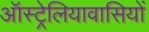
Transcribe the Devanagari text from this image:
ऑस्ट्रेलियावासियों